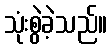
သုံးစွဲခဲ့သည်။